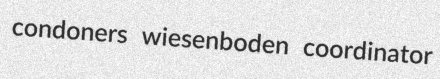
condoners wiesenboden coordinator